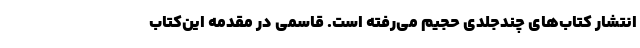
انتشار کتاب‌های چندجلدی حجیم می‌رفته است. قاسمی در مقدمه این‌کتاب